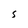
Character: S